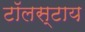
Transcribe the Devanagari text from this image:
टॉलस्टाय